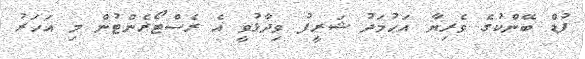
ފުޑް ބޭންކުގެ ވެރިޔާ އަހުމަދު ޝަރީފު ވިދާޅުވީ އެ ރެސްޓޯރެންޓުން މި އަހަރު